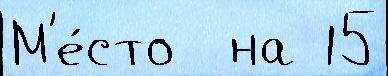
М'е́сто  на 15